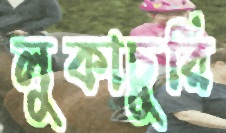
লুকাচুরি